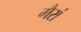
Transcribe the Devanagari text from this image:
गैरां